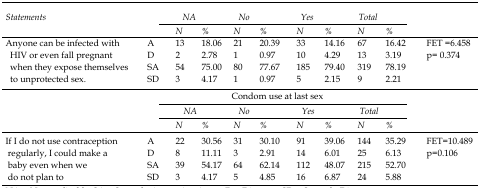
| <ROWSPAN=2> Statements | <ROWSPAN=2>  | <COLSPAN=2> NA | <COLSPAN=2> No | <COLSPAN=2> Yes | <COLSPAN=2> Total | <ROWSPAN=2>  |
 | N | % | N | % | N | % | N | % |
 | --- | --- | --- | --- | --- | --- | --- | --- | --- | --- | --- |
 | <ROWSPAN=4> Anyone can be infected with HIV or even fall pregnant when they expose themselves to unprotected sex. | A | 13 | 18.06 | 21 | 20.39 | 33 | 14.16 | 67 | 16.42 | <ROWSPAN=4> FET =6.458p= 0.374 |
 | D | 2 | 2.78 | 1 | 0.97 | 10 | 4.29 | 13 | 3.19 |
 | SA | 54 | 75.00 | 80 | 77.67 | 185 | 79.40 | 319 | 78.19 |
 | SD | 3 | 4.17 | 1 | 0.97 | 5 | 2.15 | 9 | 2.21 |
 | <ROWSPAN=7> If I do not use contraception regularly, I could make a baby even when we do not plan to | <COLSPAN=9> Condom use at last sex | <ROWSPAN=7> FET=10.489p=0.106 |
 | <ROWSPAN=2>  | <COLSPAN=2> NA | <COLSPAN=2> No | <COLSPAN=2> Yes | <COLSPAN=2> Total |
 | N | % | N | % | N | % | N | % |
 | A | 22 | 30.56 | 31 | 30.10 | 91 | 39.06 | 144 | 35.29 |
 | D | 8 | 11.11 | 3 | 2.91 | 14 | 6.01 | 25 | 6.13 |
 | SA | 39 | 54.17 | 64 | 62.14 | 112 | 48.07 | 215 | 52.70 |
 | SD | 3 | 4.17 | 5 | 4.85 | 16 | 6.87 | 24 | 5.88 |